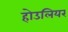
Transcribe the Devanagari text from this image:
होउलियर